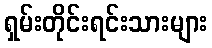
ရှမ်းတိုင်းရင်းသားများ